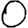
Digit: 0